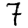
Digit: 7